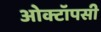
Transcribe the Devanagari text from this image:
ओक्टॉपसी